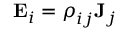
\mathbf { E } _ { i } = { \boldsymbol { \rho } } _ { i j } \mathbf { J } _ { j }